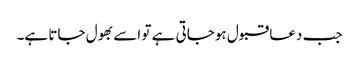
جب دعا قبول ہوجاتی ہے تو اسے بھول جاتا ہے۔